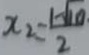
x _ { 2 } = \frac { 1 - \sqrt { 1 0 } } { 2 }